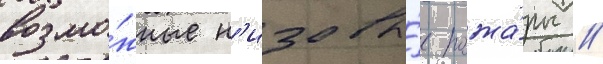
возмо́жные н'изовы́е пожа́ры //